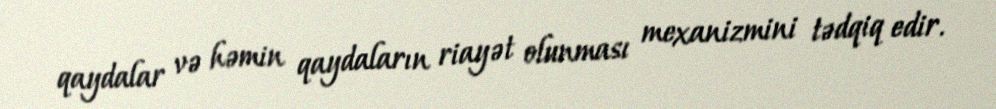
qaydalar və həmin qaydaların riayət olunması mexanizmini tədqiq edir.